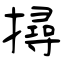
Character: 撏